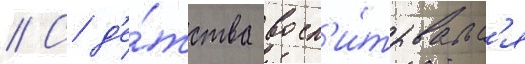
// С д'е́тства восп'и́тывалс'я